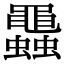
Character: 𧕵